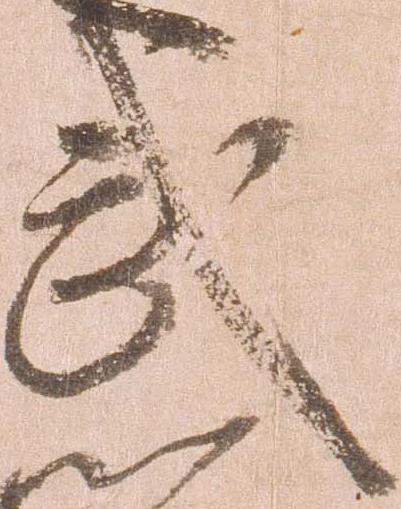
武